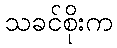
သခင်စိုးက